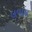
લવાય